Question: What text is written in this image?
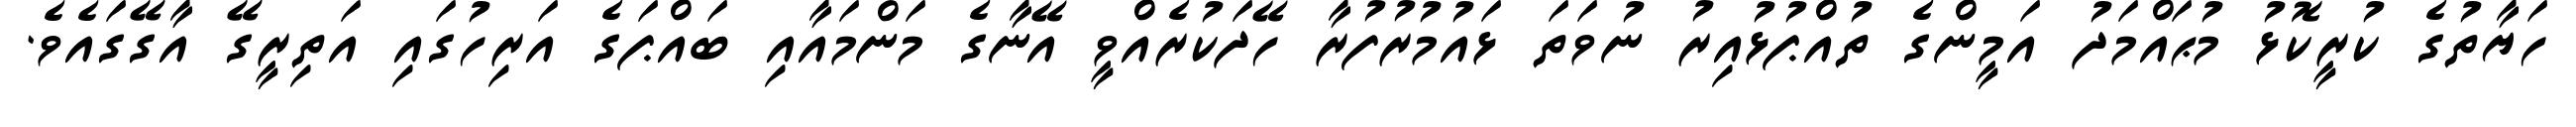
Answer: ހަޔާތުގެ ކުރީކޮޅު މުޙައްމަދު އަމީންގެ ތުއްޕުޅުއިރު ނުވަތަ ޅައުމުރުފުރާ ހޭދަކުރެއްވީ އޭނާގެ މަންމައާއި ބައްޕަގެ އަރިހުގައި އަތިރީގޭ އާގޭގައެވެ.